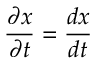
\frac { \partial x } { \partial t } = \frac { d x } { d t }